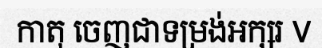
កាតុ ចេញជាទម្រង់អក្សរ V